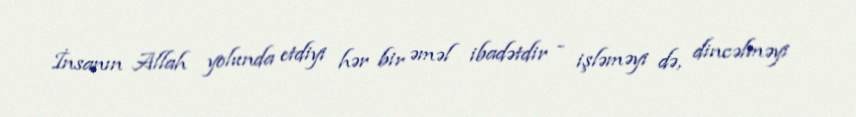
İnsanın Allah yolunda etdiyi hər bir əməl ibadətdir - işləməyi də, dincəlməyi